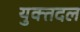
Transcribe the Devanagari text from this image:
युक्तदल